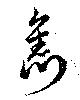
雋